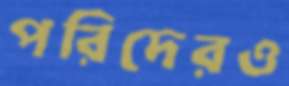
পরিদেরও